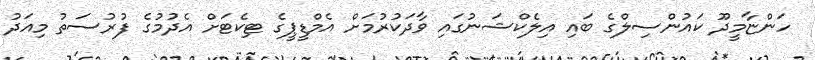
ހަންޏާމީދޫ ކައުންސިލްގެ ބައި އިލެކްޝަނުގައި ވާދަކުރުމަށް އެމްޑީޕީގެ ޓިކެޓަށް އެދުމުގެ ފުރުސަތު މިއަދު